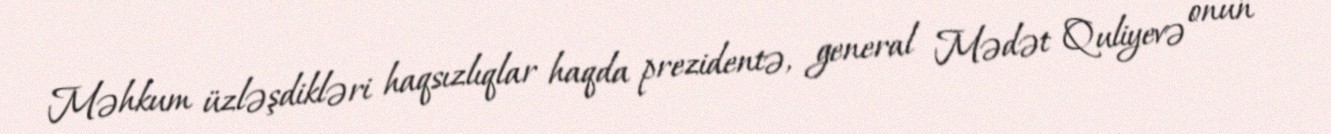
Məhkum üzləşdikləri haqsızlıqlar haqda prezidentə, general Mədət Quliyevə onun